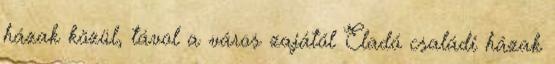
házak közül, távol a város zajától Eladó családi házak